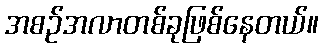
အစဉ်အလာတစ်ခုဖြစ်နေတယ်။